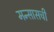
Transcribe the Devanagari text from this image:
मन्सासची